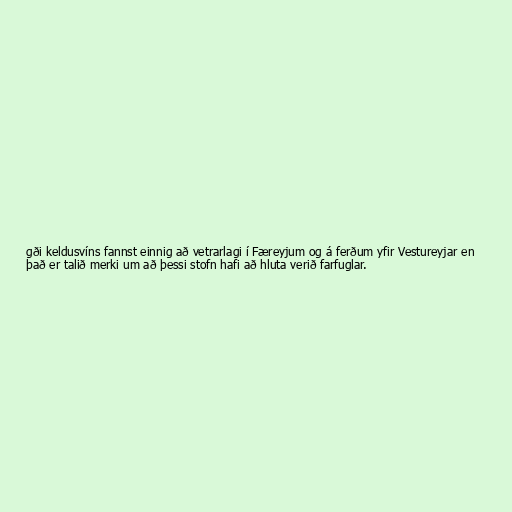
gði keldusvíns fannst einnig að vetrarlagi í Færeyjum og á ferðum yfir Vestureyjar en
það er talið merki um að þessi stofn hafi að hluta verið farfuglar.